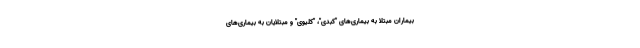
بیماران مبتلا به بیماری‌های "کبدی"، "کلیوی" و مبتلایان به بیماری‌های